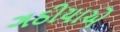
ગઠીયાએ